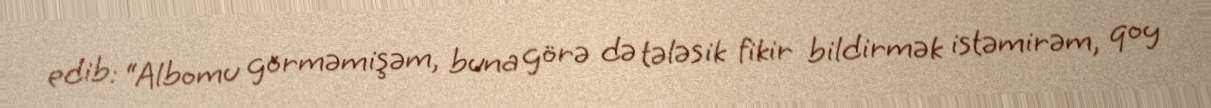
edib: “Albomu görməmişəm, buna görə də tələsik fikir bildirmək istəmirəm, qoy